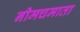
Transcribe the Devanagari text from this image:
नीमचमाता